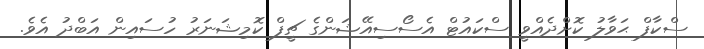
ސްކާފް ޙަވާލު ކޮށްދެއްވީ ސްކައުޓް އެސޯސިއޭޝަންގެ ޗީފް ކޮމިޝަނަރު ހުސައިން އަބްދު އެވެ.